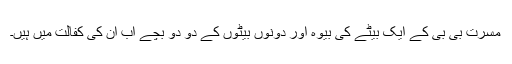
مسرت بی بی کے ایک بیٹے کی بیوہ اور دونوں بیٹوں کے دو دو بچے اب ان کی کفالت میں ہیں۔